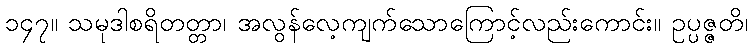
၁၄၇။ သမုဒါစရိတတ္တာ၊ အလွန်လေ့ကျက်သောကြောင့်လည်းကောင်း။ ဥပ္ပဇ္ဇတိ၊